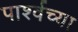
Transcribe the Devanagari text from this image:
पार्श्वच्या